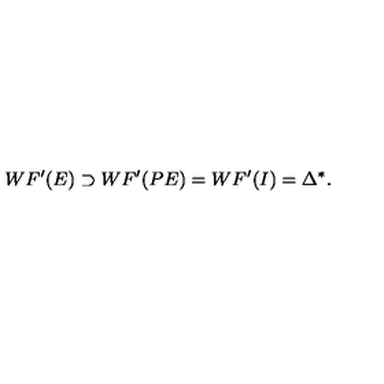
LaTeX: W F ^ { \prime } ( E ) \supset W F ^ { \prime } ( P E ) = W F ^ { \prime } ( I ) = \Delta ^ { \ast } .